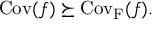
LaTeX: \mathrm { C o v } ( f ) \succeq \mathrm { C o v _ { F } } ( f ) .